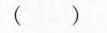
( )